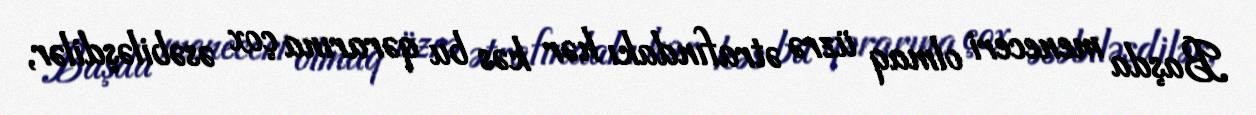
Başda meneceri olmaq üzrə ətrafındakı hər kəs bu qərarına çox əsəbiləşdilər,